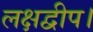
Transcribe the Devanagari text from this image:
लक्षद्वीप।